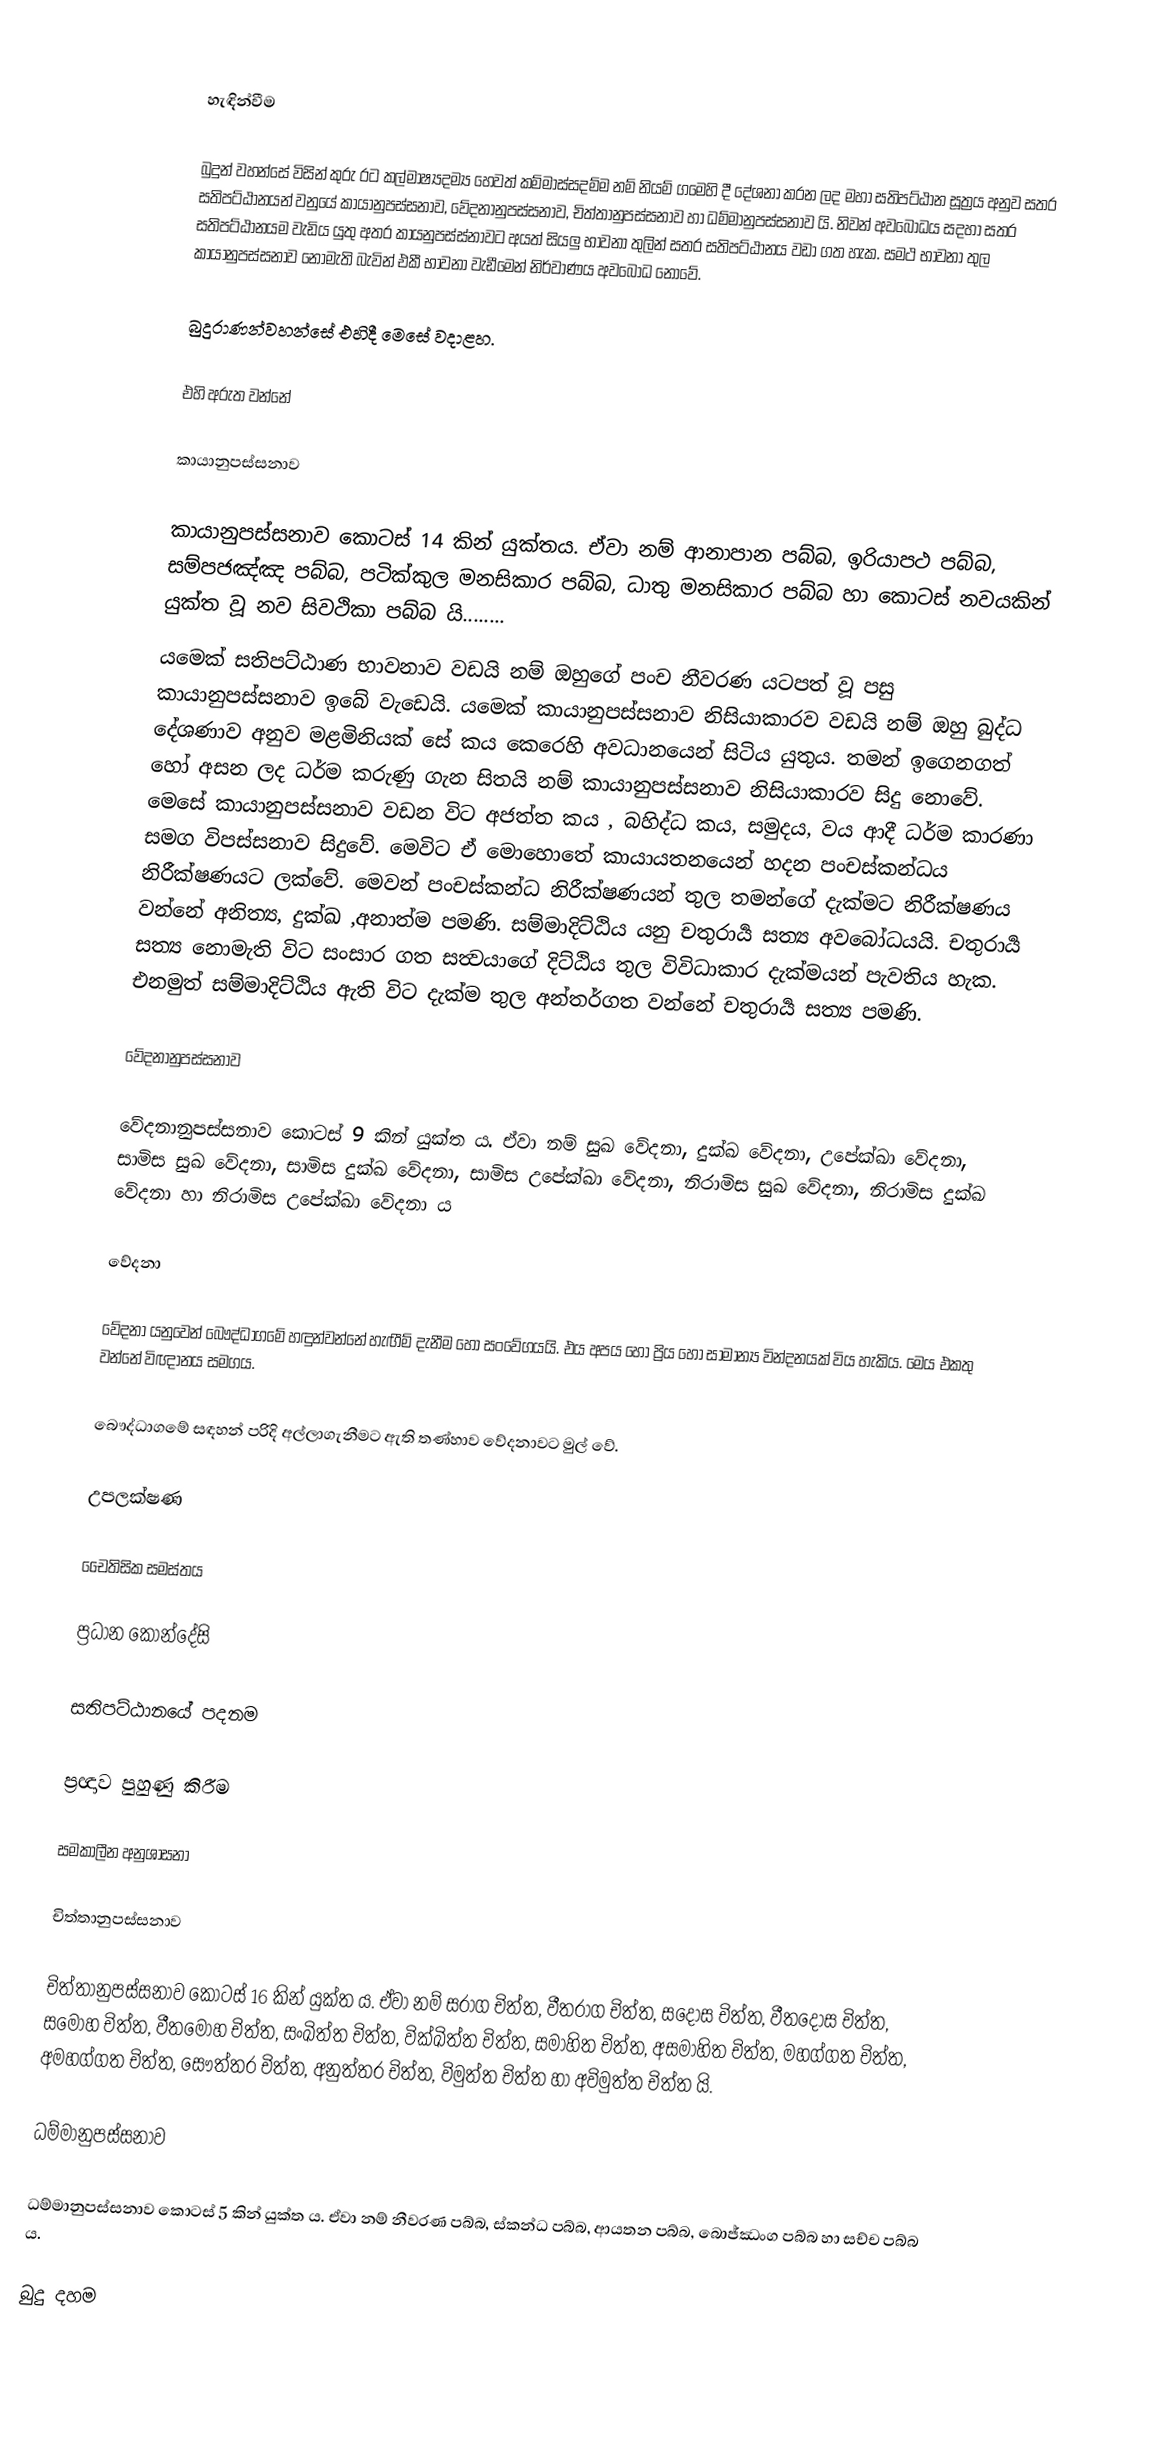

හැඳින්වීම

බුදුන් වහන්සේ විසින් කුරු රට කල්මාෂ්‍යදම්‍ය හෙවත් කම්මාස්සදම්ම නම් නියම් ගමෙහි දී දේශනා කරන ලද මහා සතිපට්ඨාන සූත්‍රය අනුව සතර සතිපට්ඨානයන් වනුයේ කායානුපස්සනාව, වේදනානුපස්සනාව, චිත්තානුපස්සනාව හා ධම්මානුපස්සනාව යි. නිවන් අවබෝධය සදහා සතර සතිපට්ඨානයම වැඩිය යුතු අතර කායනුපස්ස්නාවට අයත් සියලු භාවනා තුලින් සතර සතිපට්ඨානය වඩා ගත හැක. සමථ භාවනා තුල කායානුපස්සනාව නොමැති බැවින් එකී භාවනා වැඩීමෙන් නිර්වාණය අවබෝධ නොවේ.

බුදුරාණන්වහන්සේ එහිදී මෙසේ වදාළහ.

එහි අරුත වන්නේ

කායානුපස්සනාව

කායානුපස්සනාව කොටස් 14 කින් යුක්තය. ඒවා නම් ආනාපාන පබ්බ, ඉරියාපථ පබ්බ, සම්පජඤ්ඤ පබ්බ, පටික්කුල මනසිකාර පබ්බ, ධාතු මනසිකාර පබ්බ හා කොටස් නවයකින් යුක්ත වූ නව සිවථිකා පබ්බ යි........
යමෙක් සතිපට්ඨාණ භාවනාව වඩයි නම් ඔහුගේ පංච නීවරණ යටපත් වූ පසු කායානුපස්සනාව ඉබේ වැඩෙයි. යමෙක් කායානුපස්සනාව නිසියාකාරව වඩයි නම් ඔහු බුද්ධ දේශණාව අනුව මළමිනියක් සේ කය කෙරෙහි අවධානයෙන් සිටිය යුතුය. තමන් ඉගෙනගත් හෝ අසන ලද ධර්ම කරුණු ගැන සිතයි නම් කායානුපස්සනාව නිසියාකාරව සිදු නොවේ. මෙසේ කායානුපස්සනාව වඩන විට අජත්ත කය , බහිද්ධ කය, සමුදය, වය ආදී ධර්ම කාරණා සමග විපස්සනාව සිදුවේ. මෙවිට ඒ මොහොතේ කායායතනයෙන් හදන පංචස්කන්ධය නිරීක්ෂණයට ලක්වේ. මෙවන් පංචස්කන්ධ නිරීක්ෂණයන් තුල තමන්ගේ දැක්මට නිරීක්ෂණය වන්නේ අනිත්‍ය, දුක්ඛ ,අනාත්ම පමණි. සම්මාදිට්ඨිය යනු චතුරාර්‍ය සත්‍ය අවබෝධයයි.  චතුරාර්‍ය සත්‍ය නොමැති විට සංසාර ගත සත්‍වයාගේ දිට්ඨිය තුල විවිධාකාර දැක්මයන් පැවතිය හැක. එනමුත් සම්මාදිට්ඨිය ඇති විට දැක්ම තුල අන්තර්ගත වන්නේ චතුරාර්‍ය සත්‍ය පමණි.

වේදනානුපස්සනාව

වේදනානුපස්සනාව කොටස් 9 කින් යුක්ත ය. ඒවා නම් සුඛ වේදනා, දුක්ඛ වේදනා, උපේක්ඛා වේදනා, සාමිස සුඛ වේදනා, සාමිස  දුක්ඛ වේදනා, සාමිස  උපේක්ඛා වේදනා, නිරාමිස සුඛ වේදනා, නිරාමිස  දුක්ඛ වේදනා හා නිරාමිස  උපේක්ඛා වේදනා  ය

වේදනා

වේදනා යනුවෙන් බෞද්ධාගමේ හඳුන්වන්නේ හැඟීම් දැනීම හෝ සංවේගයයි. එය අපය හෝ ප්‍රිය හෝ සාමාන්‍ය වින්දනයක් විය හැකිය. මෙය එකතු වන්නේ විඥානය සමගය.

බෞද්ධාගමේ සඳහන් පරිදි අල්ලාගැනීමට ඇති තණ්හාව වේදනාවට මුල් වේ.

උපලක්ෂණ

චෛතිසික සමස්තය

ප්‍රධාන කොන්දේසි

සතිපට්ඨානයේ පදනම

ප්‍රඥාව පුහුණු කිරීම

සමකාලීන අනුශාසනා

චිත්තානුපස්සනාව

චිත්තානුපස්සනාව කොටස් 16 කින් යුක්ත ය. ඒවා නම් සරාග චිත්ත, වීතරාග චිත්ත, සදෝස චිත්ත, වීතදෝස චිත්ත, සමෝහ චිත්ත, වීතමෝහ චිත්ත, සංඛිත්ත චිත්ත, වික්ඛිත්ත චිත්ත, සමාහිත චිත්ත, අසමාහිත චිත්ත, මහග්ගත චිත්ත, අමහග්ගත චිත්ත, සෞත්තර චිත්ත, අනුත්තර චිත්ත, විමුත්ත චිත්ත හා අවිමුත්ත චිත්ත යි.

ධම්මානුපස්සනාව

ධම්මානුපස්සනාව කොටස් 5 කින් යුක්ත ය. ඒවා නම් නීවරණ පබ්බ, ස්කන්ධ පබ්බ, ආයතන පබ්බ, බොජ්ඣංග පබ්බ හා සච්ච පබ්බ ය.

බුදු දහම